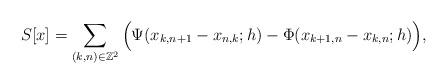
LaTeX: \begin{align*}S[x]=\sum_{(k,n)\in\mathbb Z^2}\Big(\Psi(x_{k,n+1}-x_{n,k};h)-\Phi(x_{k+1,n}-x_{k,n};h)\Big),\end{align*}